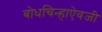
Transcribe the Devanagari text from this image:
बोधचिन्हाऐवजी